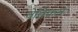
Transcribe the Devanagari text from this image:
वेतिकन